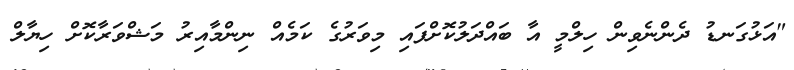
"އަޅުގަނޑު ދެންނެވިން ހިލްމީ އާ ބައްދަލުކޮށްފައި މިވަރުގެ ކަމެއް ނިންމާއިރު މަޝްވަރާކޮށް ހިޔާލް